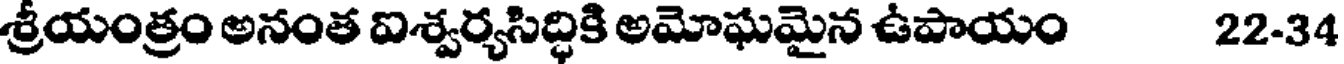
శ్రీయంత్రం అనంత ఐశ్వర్యసిద్ధికి అమోఘమైన ఉపాయం 22-34